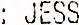
: JESS